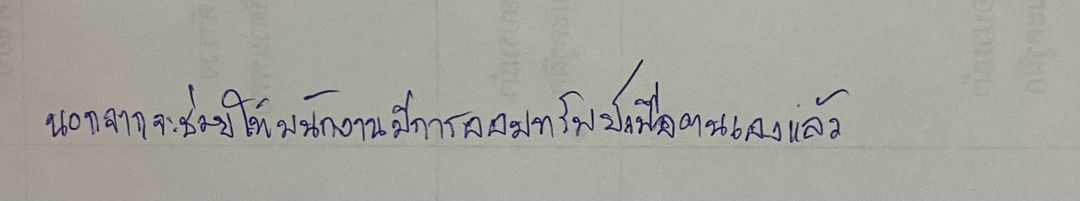
นอกจากจะช่วยให้พนักงานมีการออมทรัพย์เพื่อตนเองแล้ว